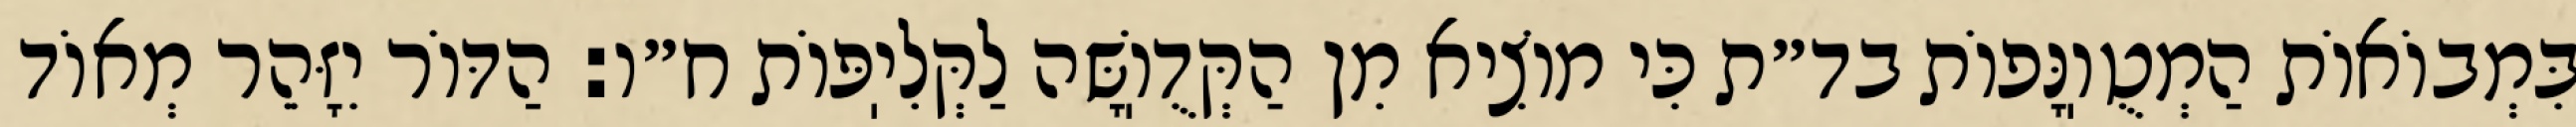
בִּמְבוֹאוֹת הַמְטֻוֽנָּפוֹת בד״ת כִּי מוֹצִיא מִן הַקְּדֻוֽשָּׁה לַקְּלִיֽפּוֹת ח״ו: הַדּוֹר יִזָּהֵר מְאוֹד